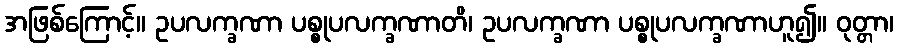
အဖြစ်ကြောင့်။ ဥပလက္ခဏာ ပစ္စုပလက္ခဏာတိ၊ ဥပလက္ခဏာ ပစ္စုပလက္ခဏာဟူ၍။ ဝုတ္တာ၊